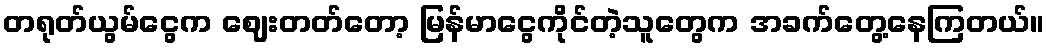
တရုတ်ယွမ်ငွေက ဈေးတတ်တော့ မြန်မာငွေကိုင်တဲ့သူတွေက အခက်တွေ့နေကြတယ်။